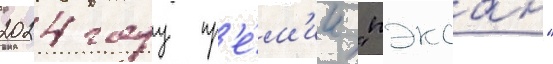
2024 году пр'е́м'ии "пэксан"